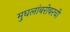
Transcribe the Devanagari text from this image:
मुघलांबरोबरची